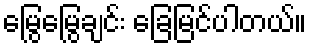
မြွေမြွေချင်း ခြေမြင်ပါတယ်။